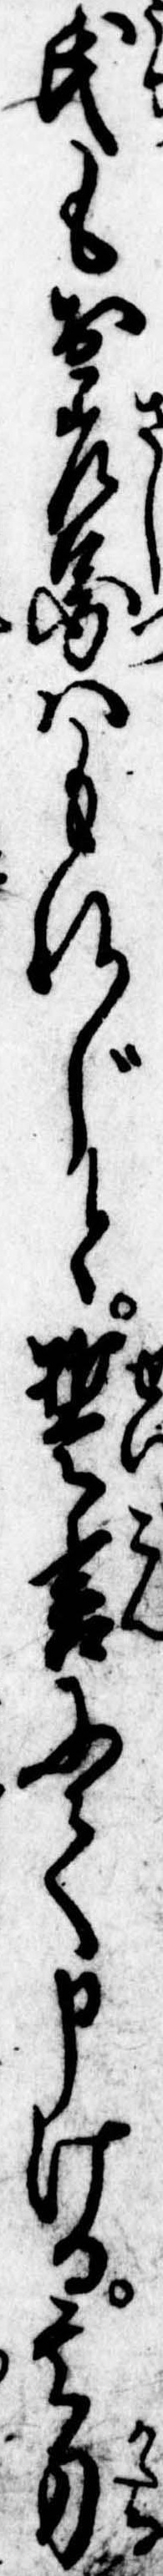
氏も御差図はもれじと誓言にて申ける其刀